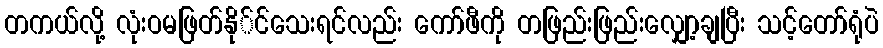
တကယ်လို့ လုံးဝမဖြတ်နို်င်သေးရင်လည်း ကော်ဖီကို တဖြည်းဖြည်းလျှော့ချပြီး သင့်တော်ရုံပဲ